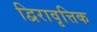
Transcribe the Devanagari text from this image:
द्विरावृत्तिक